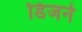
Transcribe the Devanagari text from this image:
डिजने